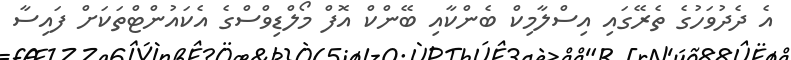
އެ ދެދުވަހުގެ ތެރޭގައި އިސްލާމިކް ބެންކާއި ބޭންކް އޮފް މޯލްޑިވްސްގެ އެކައުންޓްތަކަށް ފައިސާ